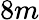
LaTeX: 8m